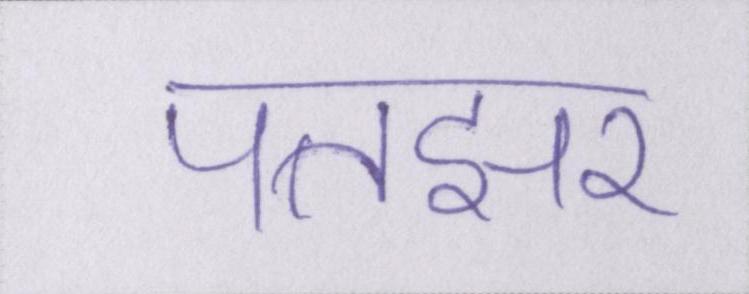
पतझर